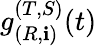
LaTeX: g_{(R,\mathbf{i})}^{(T,S)}(t)